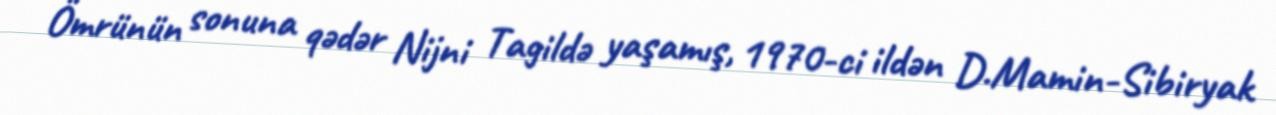
Ömrünün sonuna qədər Nijni Tagildə yaşamış, 1970-ci ildən D.Mamin-Sibiryak